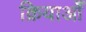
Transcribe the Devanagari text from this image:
क्रियाओँ